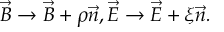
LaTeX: g _ { \alpha { \dot { \alpha } } } = \left( \begin{array} { c c } { { 1 } } & { { 0 } } \\ { { 0 } } & { { - 1 } } \end{array} \right)